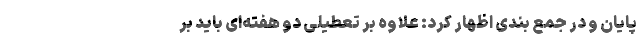
پایان و در جمع بندی اظهار کرد: علاوه بر تعطیلی دو هفته‌ای باید بر